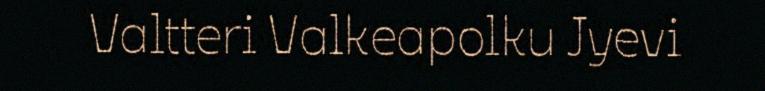
Valtteri Valkeapolku Jyevi